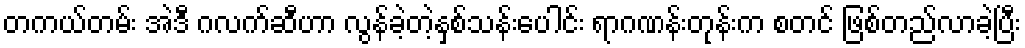
တကယ်တမ်း အဲဒီ ဂလက်ဆီဟာ လွန်ခဲ့တဲ့နှစ်သန်းပေါင်း ရာဂဏန်းတုန်းက စတင် ဖြစ်တည်လာခဲ့ပြီး